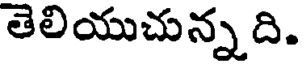
తెలియుచున్నది.